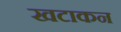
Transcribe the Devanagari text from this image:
खटाकन